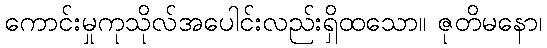
ကောင်းမှုကုသိုလ်အပေါင်းလည်းရှိထသော။ ဇုတိမနော၊